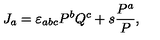
J _ { a } = \varepsilon _ { a b c } P ^ { b } Q ^ { c } + s \frac { P ^ { a } } { P } ,